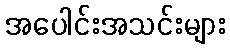
အပေါင်းအသင်းများ